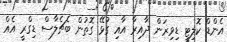
އެންޑް ކޮލިޓީ ޑިވިޜަން ދާއިރާ އާއި ގުޅޭ ގޮތުން ބެޗެލާސް ޑިގްރީ އެއް